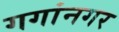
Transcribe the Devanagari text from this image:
गगांनगर